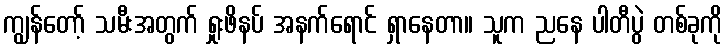
ကျွန်တော့် သမီးအတွက် ရှုးဖိနပ် အနက်ရောင် ရှာနေတာ။ သူက ညနေ ပါတီပွဲ တစ်ခုကို